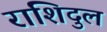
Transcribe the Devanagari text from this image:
राशिदुल